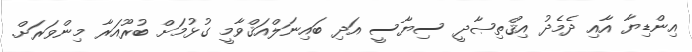
އިންޑިޔާ އާއި ދެމެދު އިޤްތިޞާދީ ސިޔާސީ އަދި ބައިނަލްއަޤްވާމީ ގުޅުމަށް ބުރޫއަރާ މިންވަރަށް.